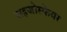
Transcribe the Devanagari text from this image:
राइजोस्फेयर